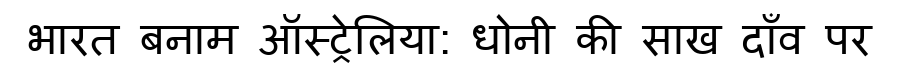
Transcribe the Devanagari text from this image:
भारत बनाम ऑस्ट्रेलिया: धोनी की साख दाँव पर